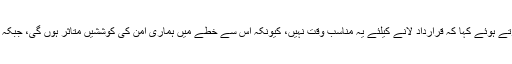
امریکی وزیر خارجہ مائیک پومپیو نے مخالفت کرتے ہوئے کہا کہ قرارداد لانے کیلئے یہ مناسب وقت نہیں، کیونکہ اس سے خطے میں ہماری امن کی کوششیں متاثر ہوں گی، جبکہ حوثی باغیوں اور ایرانیوں کی حوصلہ افزائی ہوگی۔